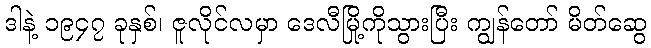
ဒါနဲ့ ၁၉၄၇ ခုနှစ်၊ ဇူလိုင်လမှာ ဒေလီမြို့ကိုသွားပြီး ကျွန်တော် မိတ်ဆွေ